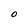
Character: O